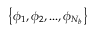
\left\{ \phi _ { 1 } , \phi _ { 2 } , . . . , \phi _ { N _ { b } } \right\}